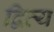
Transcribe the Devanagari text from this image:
द्वित्य